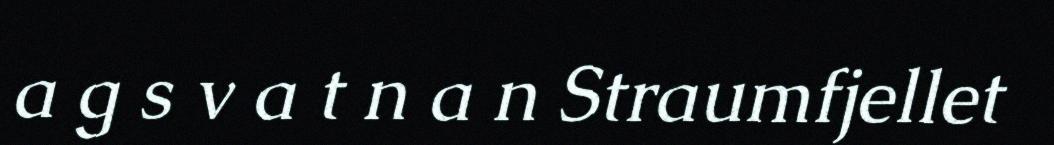
a g s v a t n a n Straumfjellet